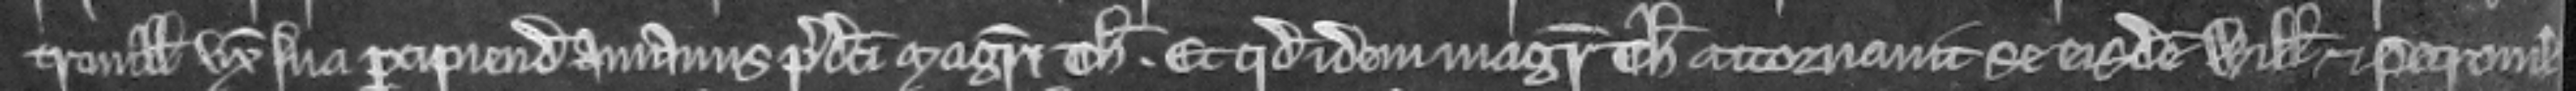
tronilla uxore sua percipiendum a manus predicti Magistri Thome et quod idem Magister Thomas attornavit se eisdem Willelmo et Petronille